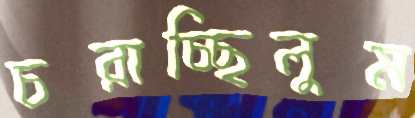
চরাচ্ছিলুম